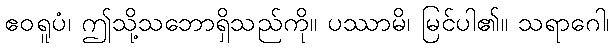
ဧဝရူပံ၊ ဤသို့သဘောရှိသည်ကို။ ပဿာမိ၊ မြင်ပါ၏။ သရာဂေါ၊